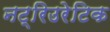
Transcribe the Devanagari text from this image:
नट्रिउरेटिक